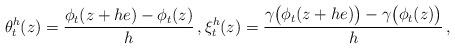
LaTeX: \begin{align*} \theta_t^h (z) = \frac{\phi_t(z+he) - \phi_t(z)}{h} \, , \xi_t^h (z) = \frac{ \gamma\big(\phi_t(z+he) \big) - \gamma\big( \phi_t(z) \big) }{h} \, ,\end{align*}